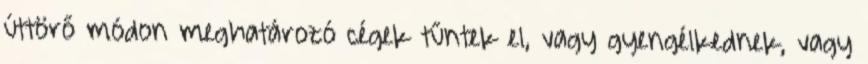
úttörő módon meghatározó cégek tűntek el, vagy gyengélkednek, vagy